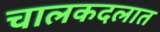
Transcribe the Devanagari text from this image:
चालकदलात